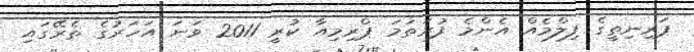
ޕަރިނިތީގެ ފިލްމެއް އެންމެ ފުރަތަމަ ޕްރިމިއާ ކުރީ 2011 ވަނަ އަހަރުގެ ތެރޭގައި